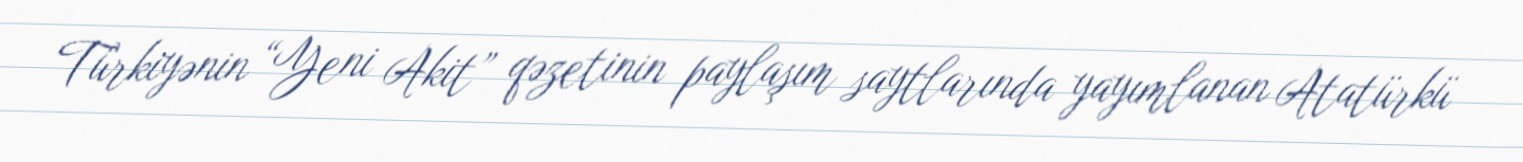
Türkiyənin “Yeni Akit” qəzetinin paylaşım saytlarında yayımlanan Atatürkü